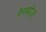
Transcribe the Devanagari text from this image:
रेनबोज़